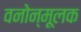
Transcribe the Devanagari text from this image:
वनोन्मूलक